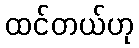
ထင်တယ်ဟု